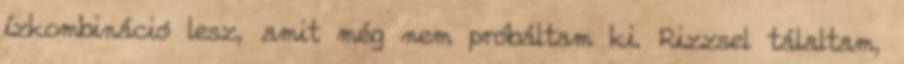
ízkombináció lesz, amit még nem próbáltam ki. Rizzsel tálaltam,